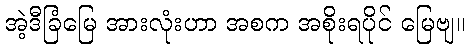
အဲ့ဒီခြံမြေ အားလုံးဟာ အစက အစိုးရပိုင် မြေဗျ။